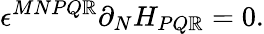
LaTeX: \epsilon^{MNPQ\mathbb{R}}\partial_{N}H_{PQ\mathbb{R}}=0.